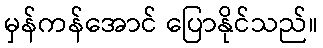
မှန်ကန်အောင် ပြောနိုင်သည်။